Punjab Mental Hospital Lahore 1922-31 - 1922-1931
Year: 1922
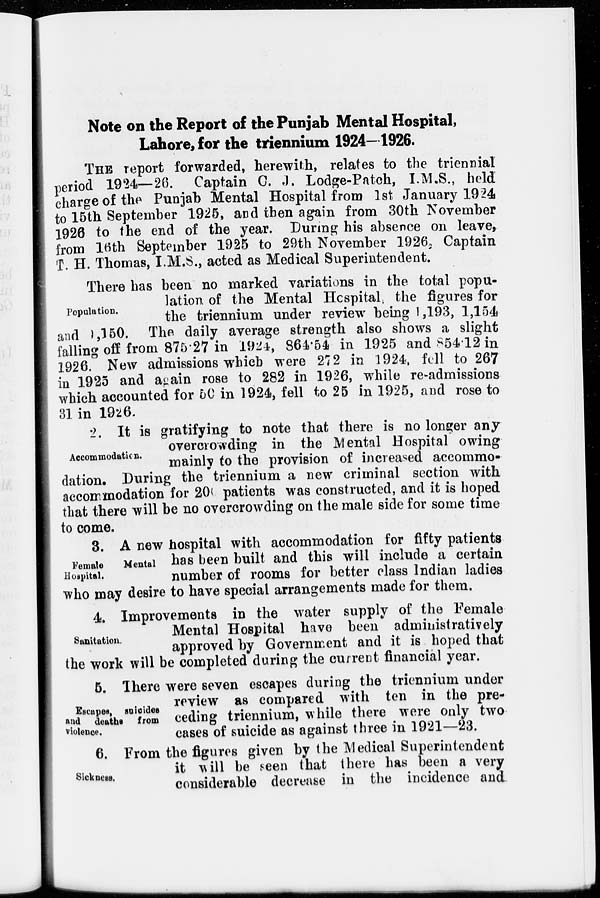
Note on the Report of the Punjab Mental Hospital,
Lahore, for the triennium 1924-1926.
THE report forwarded, herewith, relates to the triennial
period 1924—26. Captain C. J. Lodge-Patch, I.M.S., held
charge of the Punjab Mental Hospital from 1st January 1924
to 15th September 1925, and then again from 30th November
1926 to the end of the year. During his absence on leave,
from 16th September 1925 to 29th November 1926, Captain
T. H. Thomas, I.M.S., acted as Medical Superintendent.
Population.
There has been no marked variations in the total popu-
lation of the Mental Hospital, the figures for
the triennium under review being 1,193, 1,154
and 6,150. The daily average strength also shows a slight
falling off from 875.27 in 1924, 864.54 in 1925 and 854.12 in
1926.New admissions which were 272 in 1924, fell to 267
in 1925 and again rose to 282 in 1926, while re-admissions
which accounted for 5C in 1924, fell to 25 in 1925, and rose to
31 in 1926.
Accommodation.
2. It is gratifying to note that there is no longer any-
overcrowding in the Mental Hospital owing
mainly to the provision of increased accommo-
dation. During the triennium a new criminal section with
accommodation for 200 patients was constructed, and it is hoped
that there will be no overcrowding on the male side for some time
to come.
Female
Mental
Hospital.
3. A new hospital with accommodation for fifty patients
has been built and this will include a certain
number of rooms for better class Indian ladies
who may desire to have special arrangements made for them.
Sanitation.
4. Improvements in the water supply of the Female
Mental Hospital have been administratively
approved by Government and it is hoped that
the work will be completed during the current financial year.
Escapes, suicides
and deaths from
violence.
5. There were seven escapes during the triennium under
review as compared with ten in the pre-
ceding triennium, while there were only two
cases of suicide as against three in 1921—23.
Sickness.
6. From the figures given by the Medical Superintendent
it will be seen that there has been a very
considerable decrease in the incidence and